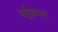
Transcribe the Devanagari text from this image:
बईकाल